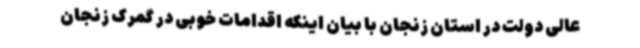
عالی دولت در استان زنجان با بیان اینکه اقدامات خوبی در گمرک زنجان